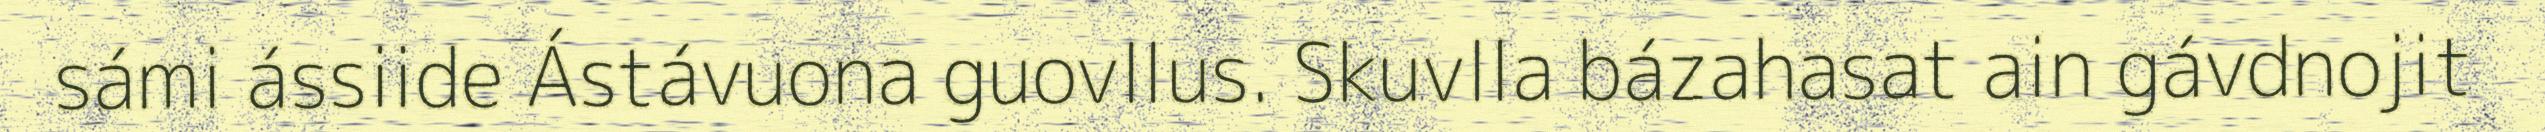
sámi ássiide Ástávuona guovllus. Skuvlla bázahasat ain gávdnojit